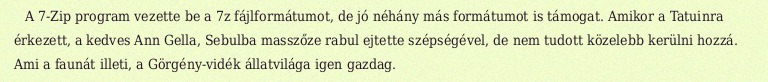
A 7-Zip program vezette be a 7z fájlformátumot, de jó néhány más formátumot is támogat. Amikor a Tatuinra érkezett, a kedves Ann Gella, Sebulba masszőze rabul ejtette szépségével, de nem tudott közelebb kerülni hozzá. Ami a faunát illeti, a Görgény-vidék állatvilága igen gazdag.